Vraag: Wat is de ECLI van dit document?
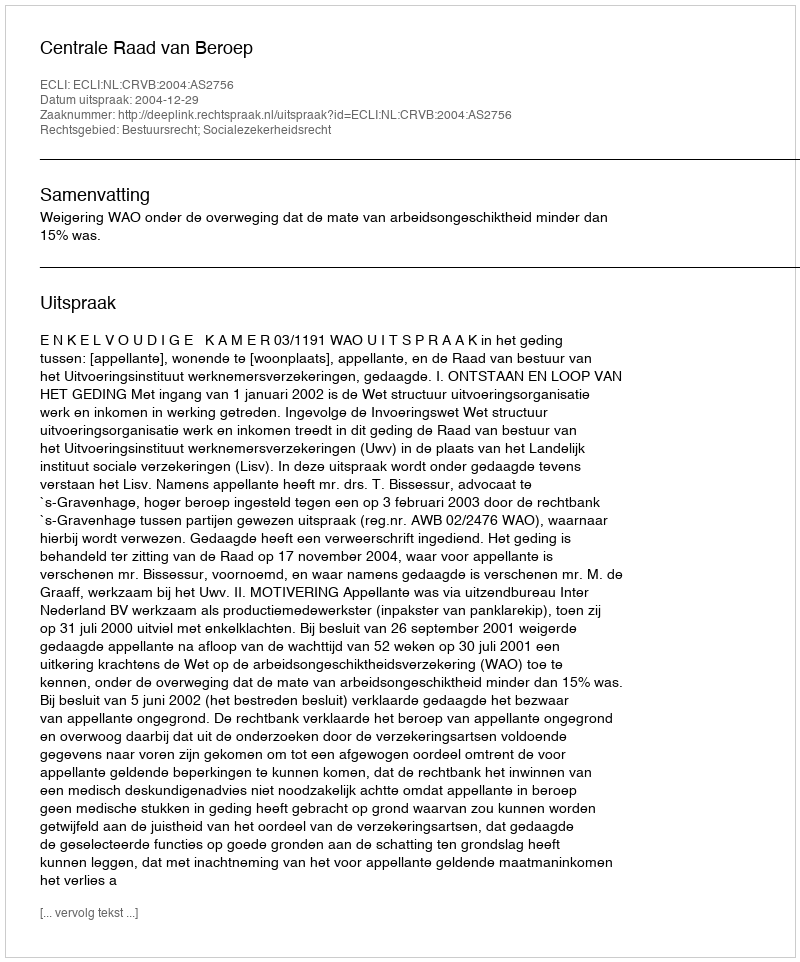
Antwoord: ECLI:NL:CRVB:2004:AS2756